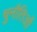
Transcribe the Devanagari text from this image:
चुनौतिओं